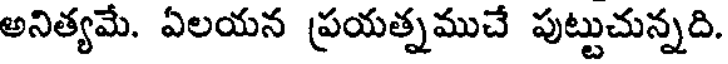
అనిత్యమే. ఏలయన ప్రయత్నముచే పుట్టుచున్నది.